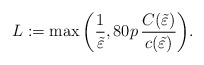
\begin{align*}L:=\max\bigg(\frac{1}{\tilde \varepsilon},80p\, \frac{ C( \tilde{\varepsilon}) }{ c(\tilde{\varepsilon})}\bigg).\end{align*}